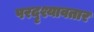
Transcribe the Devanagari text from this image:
परदृश्यावतार